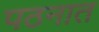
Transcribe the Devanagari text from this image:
पठनात